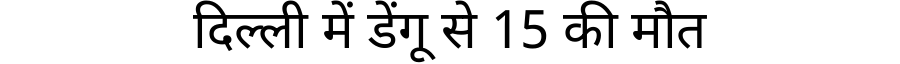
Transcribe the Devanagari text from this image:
दिल्ली में डेंगू से 15 की मौत